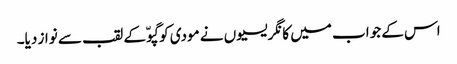
اس کے جواب میں کانگریسیوں نے مودی کو گپوّ کے لقب سے نواز دیا۔